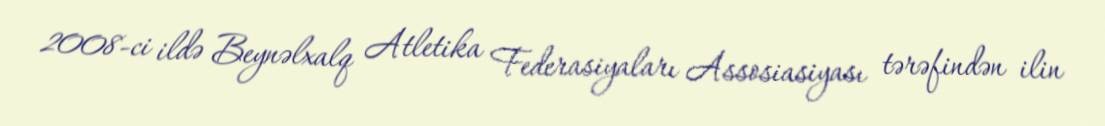
2008-ci ildə Beynəlxalq Atletika Federasiyaları Assosiasiyası tərəfindən ilin